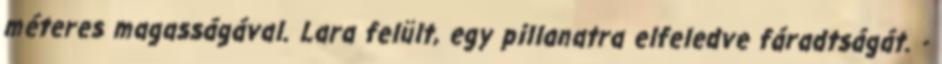
méteres magasságával. Lara felült, egy pillanatra elfeledve fáradtságát. -